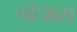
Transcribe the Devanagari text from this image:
परेजास